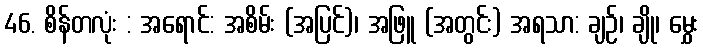
46. စိန်တလုံး : အရောင်: အစိမ်း (အပြင်)၊ အဖြူ (အတွင်း) အရသာ: ချဉ်၊ ချို၊ မွှေး